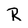
Character: R